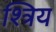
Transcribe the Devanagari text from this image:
श्त्रिय